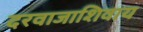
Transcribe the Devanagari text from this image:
दरवाजाशिवाय